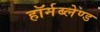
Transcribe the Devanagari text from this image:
हॉर्नब्लेण्ड